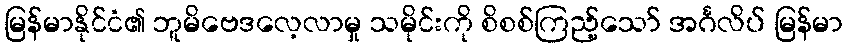
မြန်မာနိုင်ငံ၏ ဘူမိဗေဒလေ့လာမှု သမိုင်းကို စိစစ်ကြည့်သော် အင်္ဂလိပ် မြန်မာ